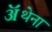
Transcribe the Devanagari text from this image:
ॲथेना